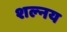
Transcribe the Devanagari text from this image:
शल्नय